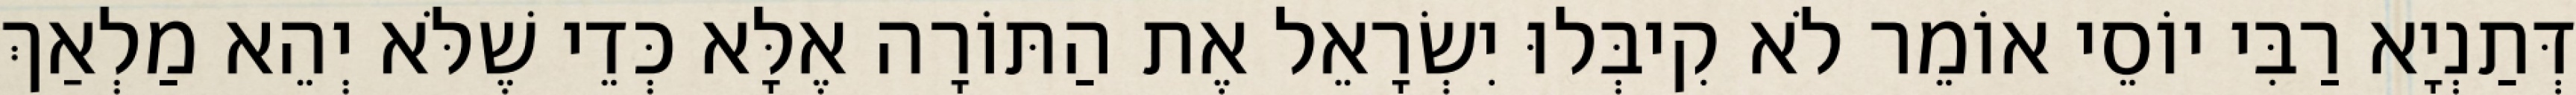
דְּתַנְיָא רַבִּי יוֹסֵי אוֹמֵר לֹא קִיבְּלוּ יִשְׂרָאֵל אֶת הַתּוֹרָה אֶלָּא כְּדֵי שֶׁלֹּא יְהֵא מַלְאַךְ